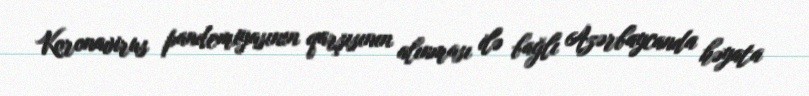
Koronavirus pandemiyasının qarşısının alınması ilə bağlı Azərbaycanda həyata